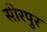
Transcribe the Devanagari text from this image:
सीरपुर